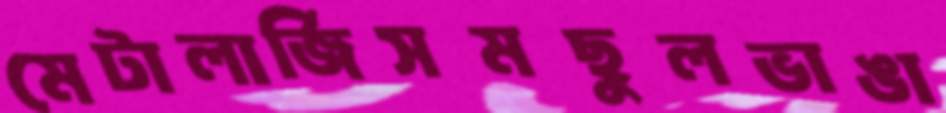
মেটালার্জিসমছুলভাঙা